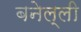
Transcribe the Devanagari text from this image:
बनेल्ली